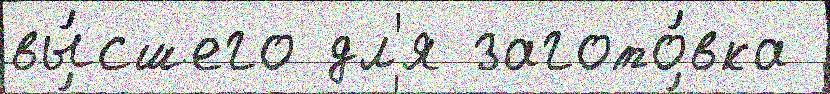
вы́сшего дл'я загото́вка